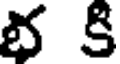
భ కి